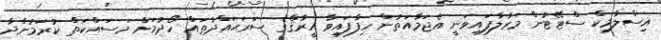
އިސްލާމިކް ސްޓޭޓުން މަރާލާފައިވަނީ އެޖަމާއަތުން ހިފާފައިވާ އީރާޤްގެ ސަރަޙައްދުތައް ހޯދުމަށް މަސައްކަތް ކުރަމުންދާ